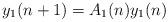
LaTeX: \begin{align*}y_{1}(n+1)=A_{1}(n)y_{1}(n) \end{align*}